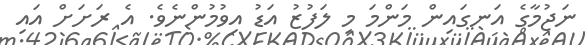
ނަޖުމާގެ އަނގައިން މަންމަ މި ލަފުޒު އަޑު އިވުމުންނެވެ. އެ ރަށަށް އައި